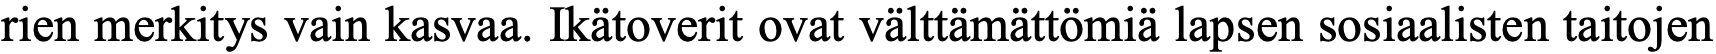
rien merkitys vain kasvaa. Ikätoverit ovat välttämättömiä lapsen sosiaalisten taitojen